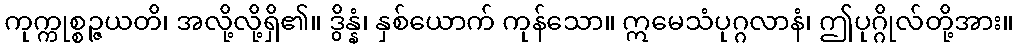
ကုက္ကုစ္စဉ္ဇယတိ၊ အလို့လို့ရှိ၏။ ဒွိန္နံ၊ နှစ်ယောက် ကုန်သော။ ဣမေသံပုဂ္ဂလာနံ၊ ဤပုဂ္ဂိုလ်တို့အား။